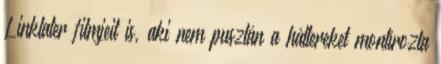
Linklater filmjeit is, aki nem pusztán a háttereket montírozta